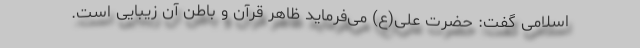
اسلامی گفت: حضرت علی(ع) می‌فرماید ظاهر قرآن و باطن آن زیبایی است.